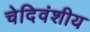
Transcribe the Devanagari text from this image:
चेदिवंशीय